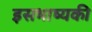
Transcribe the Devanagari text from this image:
इसभाष्यकी